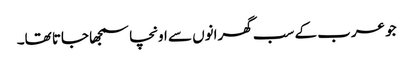
جو عرب کے سب گھرانوں سے اونچا سمجھا جاتا تھا۔